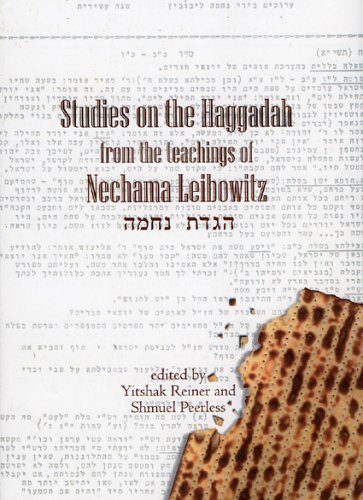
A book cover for Studies on the Haggadah from the Teachings of Nechama Leibowitz; Religion & Spirituality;